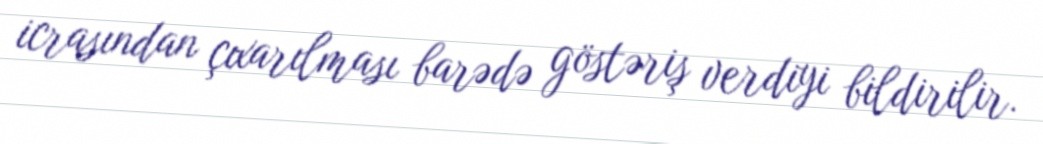
icrasından çıxarılması barədə göstəriş verdiyi bildirilir.